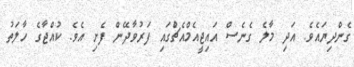
ގެންދިޔައެވެ. އަދި މާލެ ގެނެސް އައިޖީއެމްއެޗްުގައި ފަރުވާދޭން ފެށި އެވެ. ކުއްޖާގެ ހާލަތު